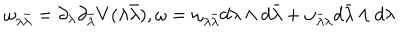
{ \omega _ { \lambda { \bar { \lambda } } } } = { \partial _ { \lambda } } { \partial _ { \bar { \lambda } } } V ( \lambda { \bar { \lambda } } ) , \omega = { \omega _ { \lambda { \bar { \lambda } } } } d \lambda \wedge d { \bar { \lambda } } + { \omega _ { { \bar { \lambda } } { \lambda } } } d { \bar { \lambda } } \wedge d { \lambda }